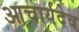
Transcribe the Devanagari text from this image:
आचार्यदेव